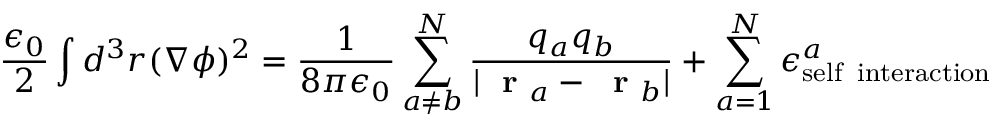
\frac { \epsilon _ { 0 } } { 2 } \int d ^ { 3 } r ( \nabla \phi ) ^ { 2 } = \frac { 1 } { 8 \pi \epsilon _ { 0 } } \sum _ { a \ne b } ^ { N } \frac { q _ { a } q _ { b } } { | \mathrm { ~ \bf ~ r ~ } _ { a } - \mathrm { ~ \bf ~ r ~ } _ { b } | } + \sum _ { a = 1 } ^ { N } \epsilon _ { \mathrm { s e l f \; \; i n t e r a c t i o n } } ^ { a }